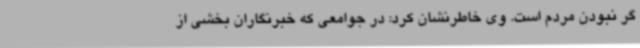
گر نبودن مردم است. وی خاطرنشان کرد: در جوامعی که خبرنگاران بخشی از